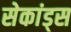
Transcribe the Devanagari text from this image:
सेकांड्स